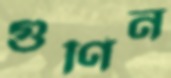
গুণিন